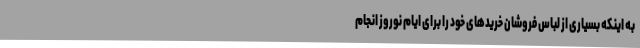
به اینکه بسیاری از لباس فروشان خریدهای خود را برای ایام نوروز انجام